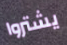
يشتروا